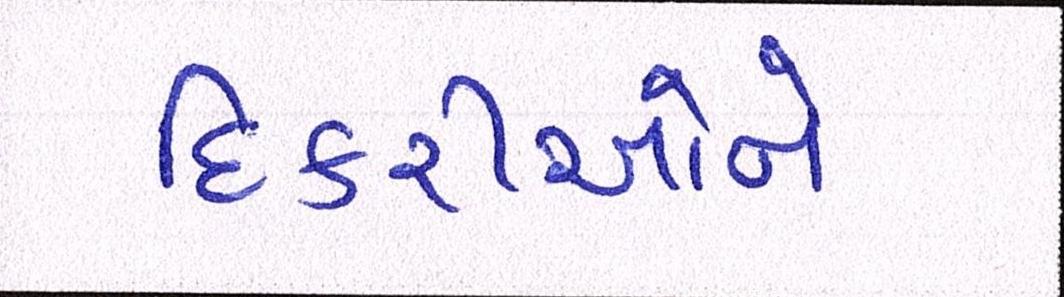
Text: દિકરીઓને